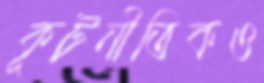
কূটনীতিকও